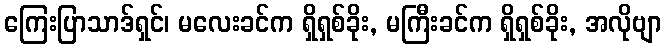
ကြေးပြာသာဒ်ရှင်၊ မလေးခင်က ရှိရှစ်ခိုး, မကြီးခင်က ရှိရှစ်ခိုး, အလိုဗျာ